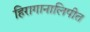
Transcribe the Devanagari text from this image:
हिरागानालिपीत